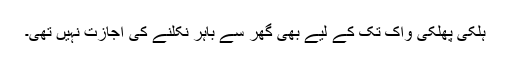
ہلکی پھلکی واک تک کے لیے بھی گھر سے باہر نکلنے کی اجازت نہیں تھی۔